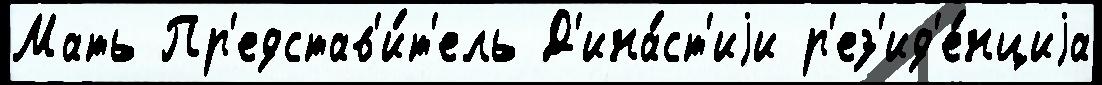
Мать Пр'едстав'и́т'ель Д'ина́ст'иjи р'ез'ид'е́нциjа